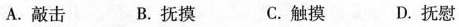
A. 敲击 B. 抚摸 C. 触摸 D. 抚慰